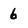
Character: 6